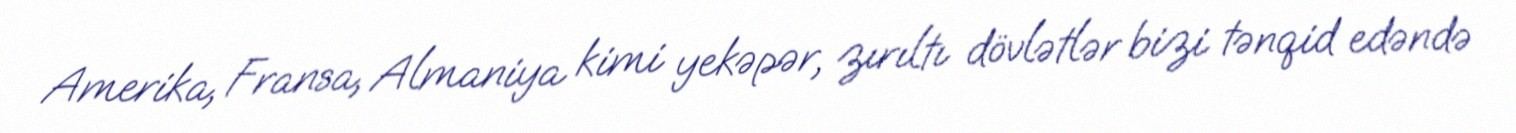
Amerika, Fransa, Almaniya kimi yekəpər, zırıltı dövlətlər bizi tənqid edəndə